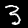
Digit: 3